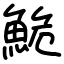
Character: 鮠